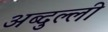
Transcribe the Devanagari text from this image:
अब्दुल्ली